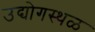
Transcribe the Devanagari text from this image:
उद्योगस्थळ